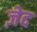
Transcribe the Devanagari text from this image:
ज़ेद